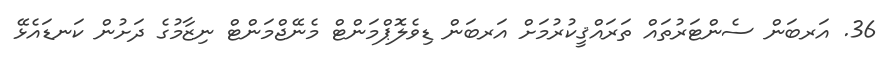
36. އަރބަން ސެންޓަރުތައް ތަރައްޤީކުރުމަށް އަރބަން ޑިވެލޮޕްމަންޓް މެނޭޖްމަންޓް ނިޒާމުގެ ދަށުން ކަނޑައެޅޭ